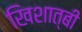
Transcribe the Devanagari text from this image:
खिशात्बी